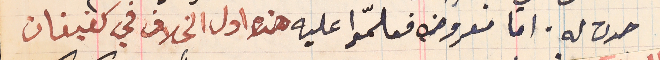
حدث له. اما معروضه فعلمّوا عليه هذا اول الخلاف في كفيفان